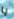
يا